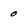
Character: o